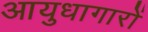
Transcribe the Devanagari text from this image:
आयुधागारों